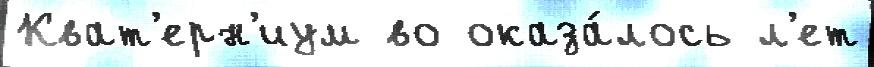
Кват'ерн'иум во оказа́лось л'ет